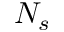
N _ { s }